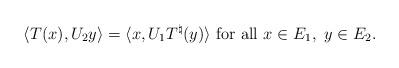
LaTeX: \begin{align*}\langle T(x),U_2 y\rangle=\langle x,U_1T^\natural(y)\rangle~\mbox{for all}~x\in E_1,~y\in E_2.\end{align*}